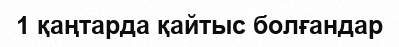
1 қаңтарда қайтыс болғандар